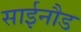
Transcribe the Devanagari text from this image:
साईनौड